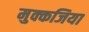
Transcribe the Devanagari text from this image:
मुक्कजिया